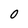
Character: 0